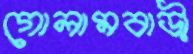
গোলামবাড়ী